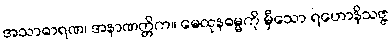
အသာဓာရဏ၊ အနာဏတ္တိက။ မေထုနဓမ္မကို မှီသော ရဟောနိသဇ္ဇ